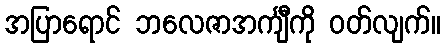
အပြာရောင် ဘလေဇာအင်္ကျီကို ဝတ်လျက်။